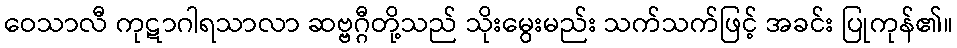
ဝေသာလီ ကုဋာဂါရသာလာ ဆဗ္ဗဂ္ဂီတို့သည် သိုးမွေးမည်း သက်သက်ဖြင့် အခင်း ပြုကုန်၏။